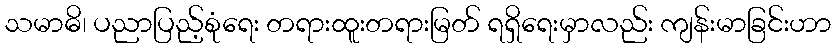
သမာဓိ၊ ပညာပြည့်စုံရေး တရားထူးတရားမြတ် ရရှိရေးမှာလည်း ကျန်းမာခြင်းဟာ